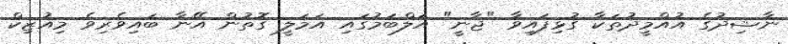
ނާޝިދުގެ އުއްމީދުތަކާ ގުޅިފައިވާ "ޖާނީ" އަލްބަމުގައި އަމަލީ ގޮތުން އޭނާ ބައިވެރިވެ މިއުޒިކް